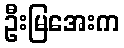
ဦးမြအေးက